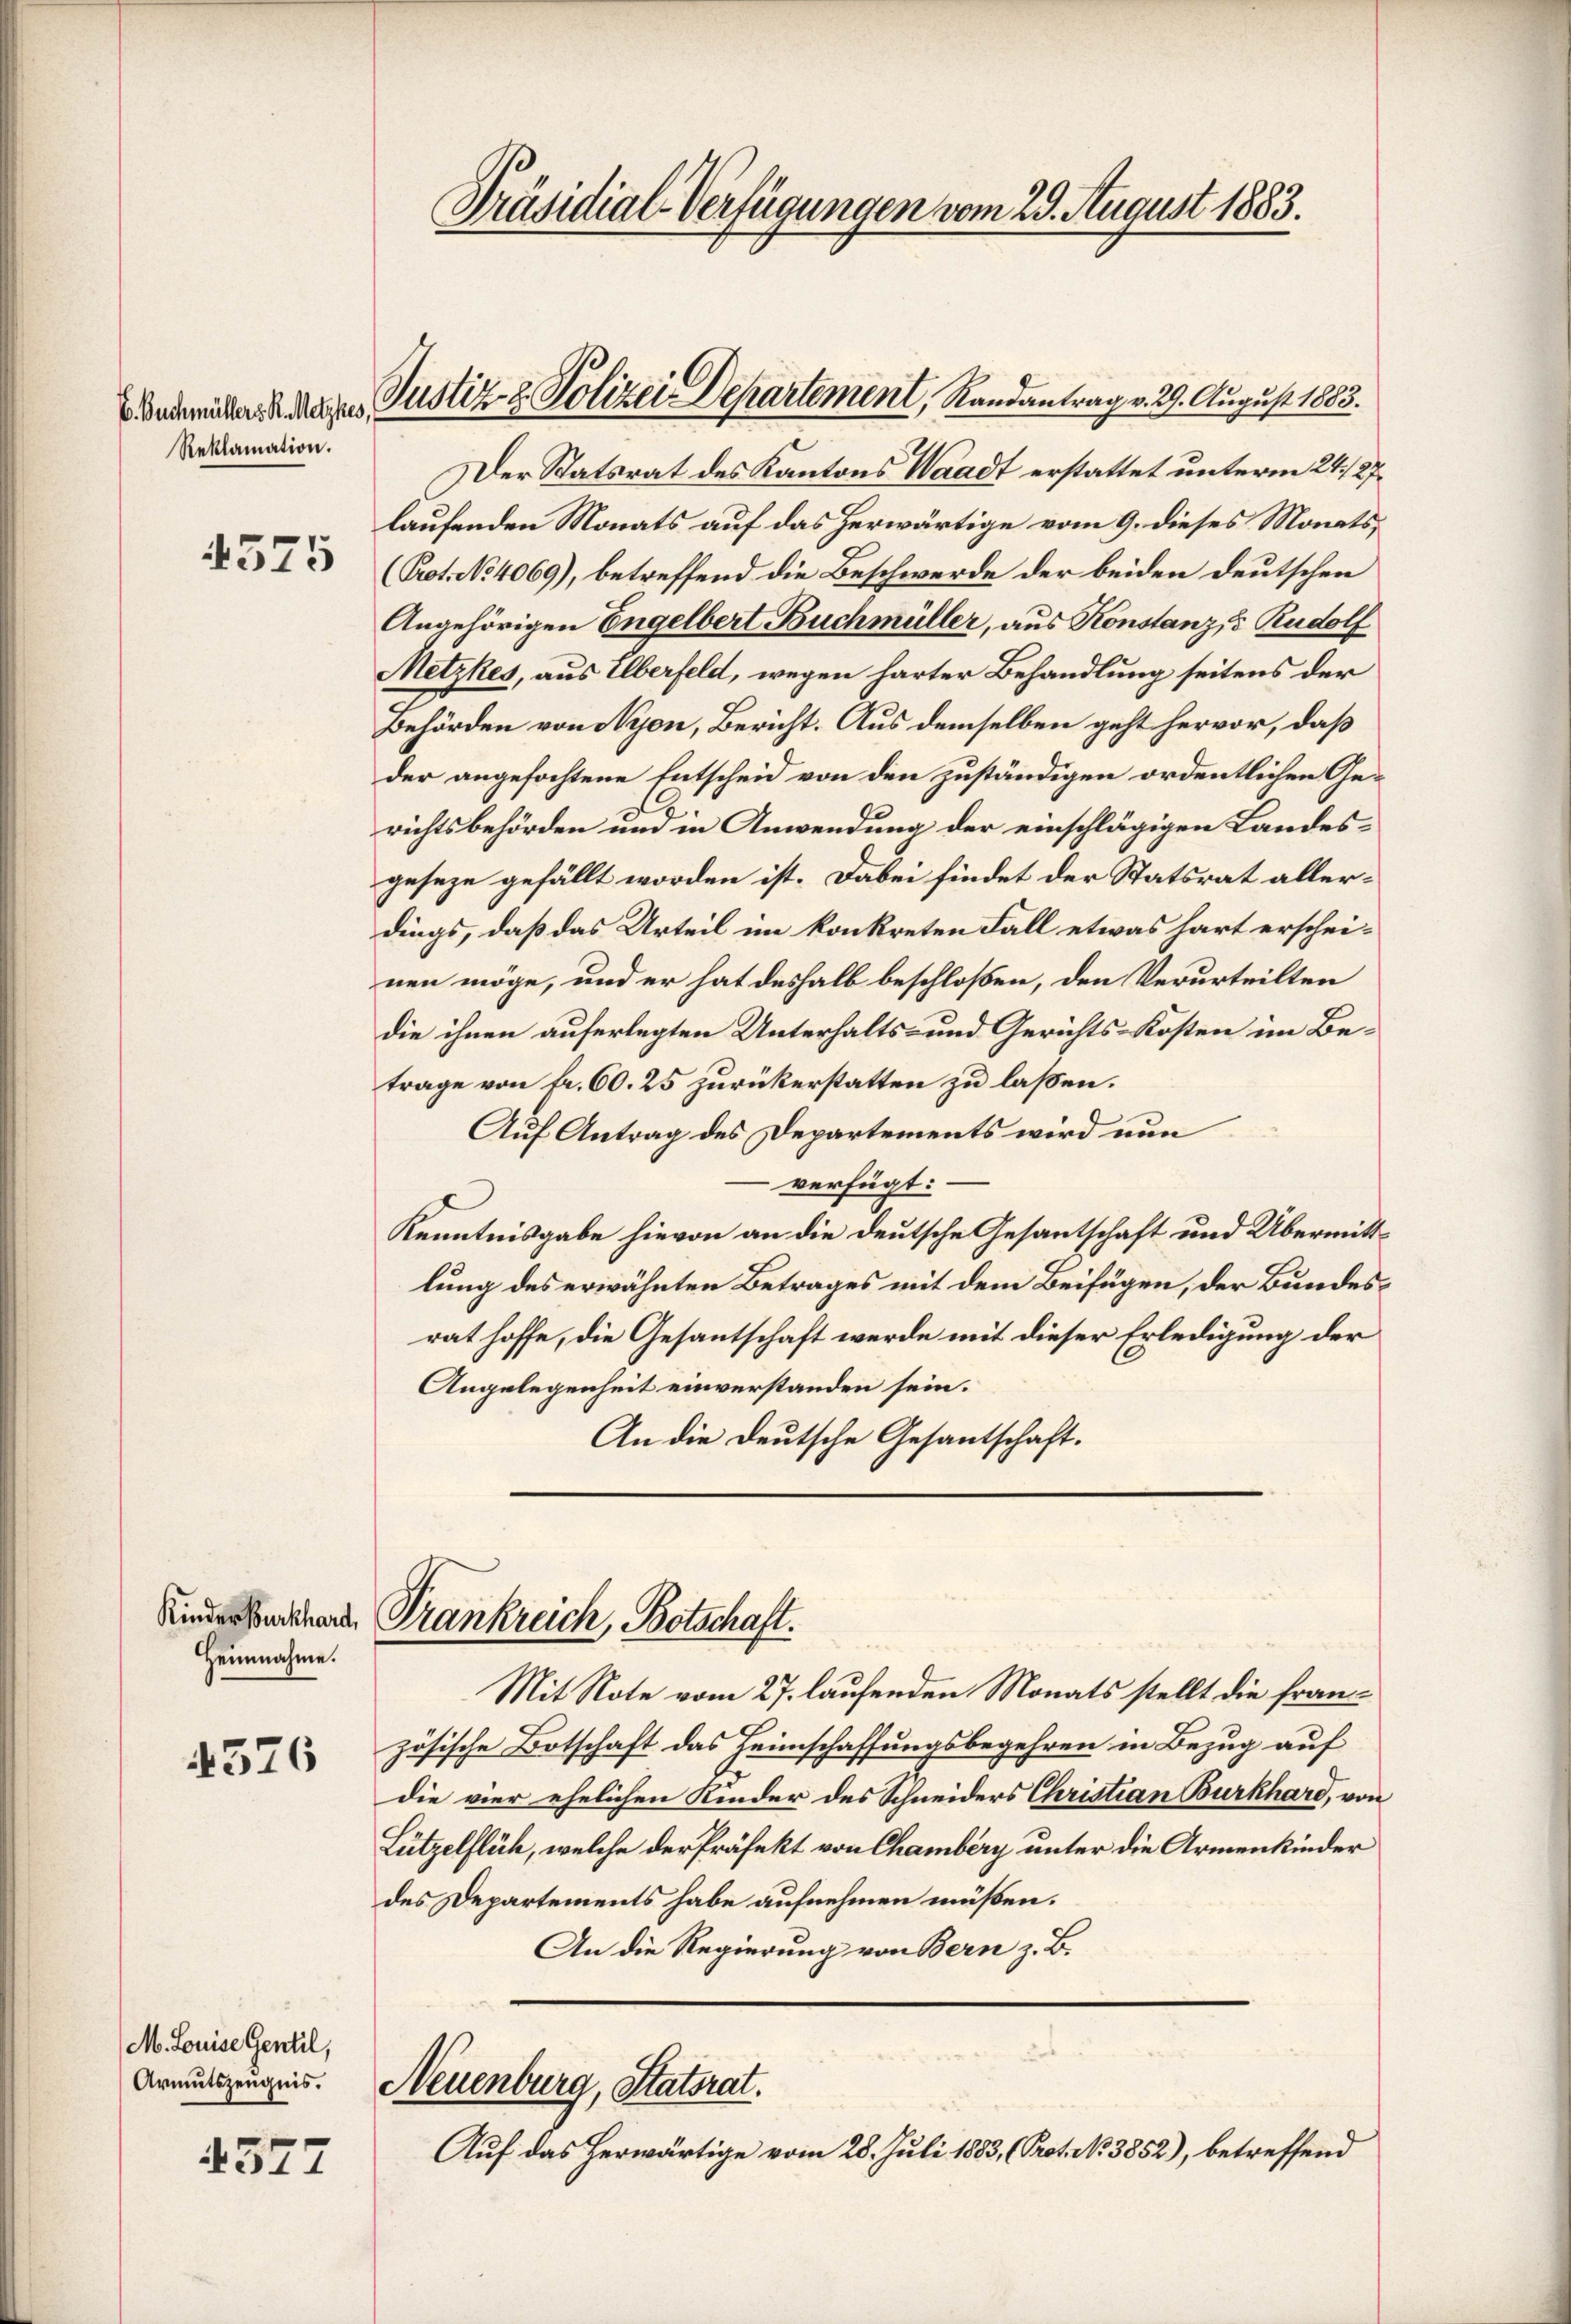
Reklamation.

Heimnahme.

4576

M. Louise Gentil,
Armutszeugnis.

4377

Der Statsrat des Kantons Waadt erstattet unterm 24./27.
laufenden Monats auf das herwärtige vom 9. dieses Monats¬
 (Rot. No 4069), betreffend die Beschwerde der beiden deutschen
Angehörigen Engelbert Buchmüller, aus Konstanz, 5 Rudolf
Metzkes, aus Elberfeld, wegen harter Behandlung seitens der
Behörden von Nyon, Bericht. Aus demselben geht hervor, daß
der angefochtene Entscheid von den zuständigen ordentlichen Gerichtsbehörden und in Anwendung der einschlägigen Landesgeseze gefällt worden ist. Dabei findet der Statsrat allerdings, daß das Urteil im konkreten Fall etwas hart erscheinen möge, und er hat deshalb beschloßen, den Verurteilten
die ihnen auferlegten Unterhalts- und Gerichts Kosten im Betrage von Fr. 60. 25 zurückerstatten zu laßen.
Auf Antrag des Departements wird nun
verfügt:
Kenntnisgabe hievon an die deutsche Gesantschaft und Übermittlung des erwähnten Betrages mit dem Beifügen, der Bundesrat hoffe, die Gesantschaft werde mit dieser Erledigung der
Angelegenheit einverstanden sein.
An die deutsche Gesantschaft.

Präsidial-Verfügungen vom 29. August 1883.

Bademie angen Justiz- & Polizei Departement, Randantrag v. 29. August 1883.

Sind endchen Trankreich, Botschaft.

Mit Note vom 27. laufenden Monats stellt die französische Botschaft das Heimschaffungsbegehren in Bezug auf
die vier ehelichen Kinder des Schneiders Christian Burkhard, von
Lützelflüh, welche der Präfekt von Chamberg unter die Armenkinder
des Departements habe aufnehmen müßen.
An die Regierung von Bern z. B.

Neuenburg, Statsrat.

Auf das herwärtige vom 28. Juli 1883, (Prot. No 3852), betreffend